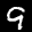
Label: 9